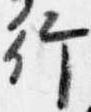
行